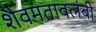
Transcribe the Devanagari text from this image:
शैवमतावलंबी